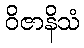
ဝိဇာနိသံ